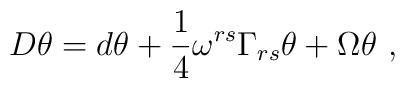
D \theta =     d \theta + \frac{1}{4} \omega^{rs} \Gamma_{rs} \theta     + \Omega \theta ~,